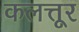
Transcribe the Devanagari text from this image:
कलत्तूर